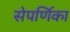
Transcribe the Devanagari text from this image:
सेपर्णिका